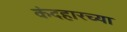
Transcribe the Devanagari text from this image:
कंदहारच्या